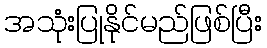
အသုံးပြုနိုင်မည်ဖြစ်ပြီး